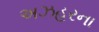
અઝહરના